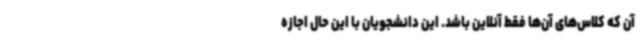
آن که کلاس‌های آن‌ها فقط آنلاین باشد. این دانشجویان با این حال اجازه